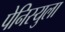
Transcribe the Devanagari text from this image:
पेनिस्युला